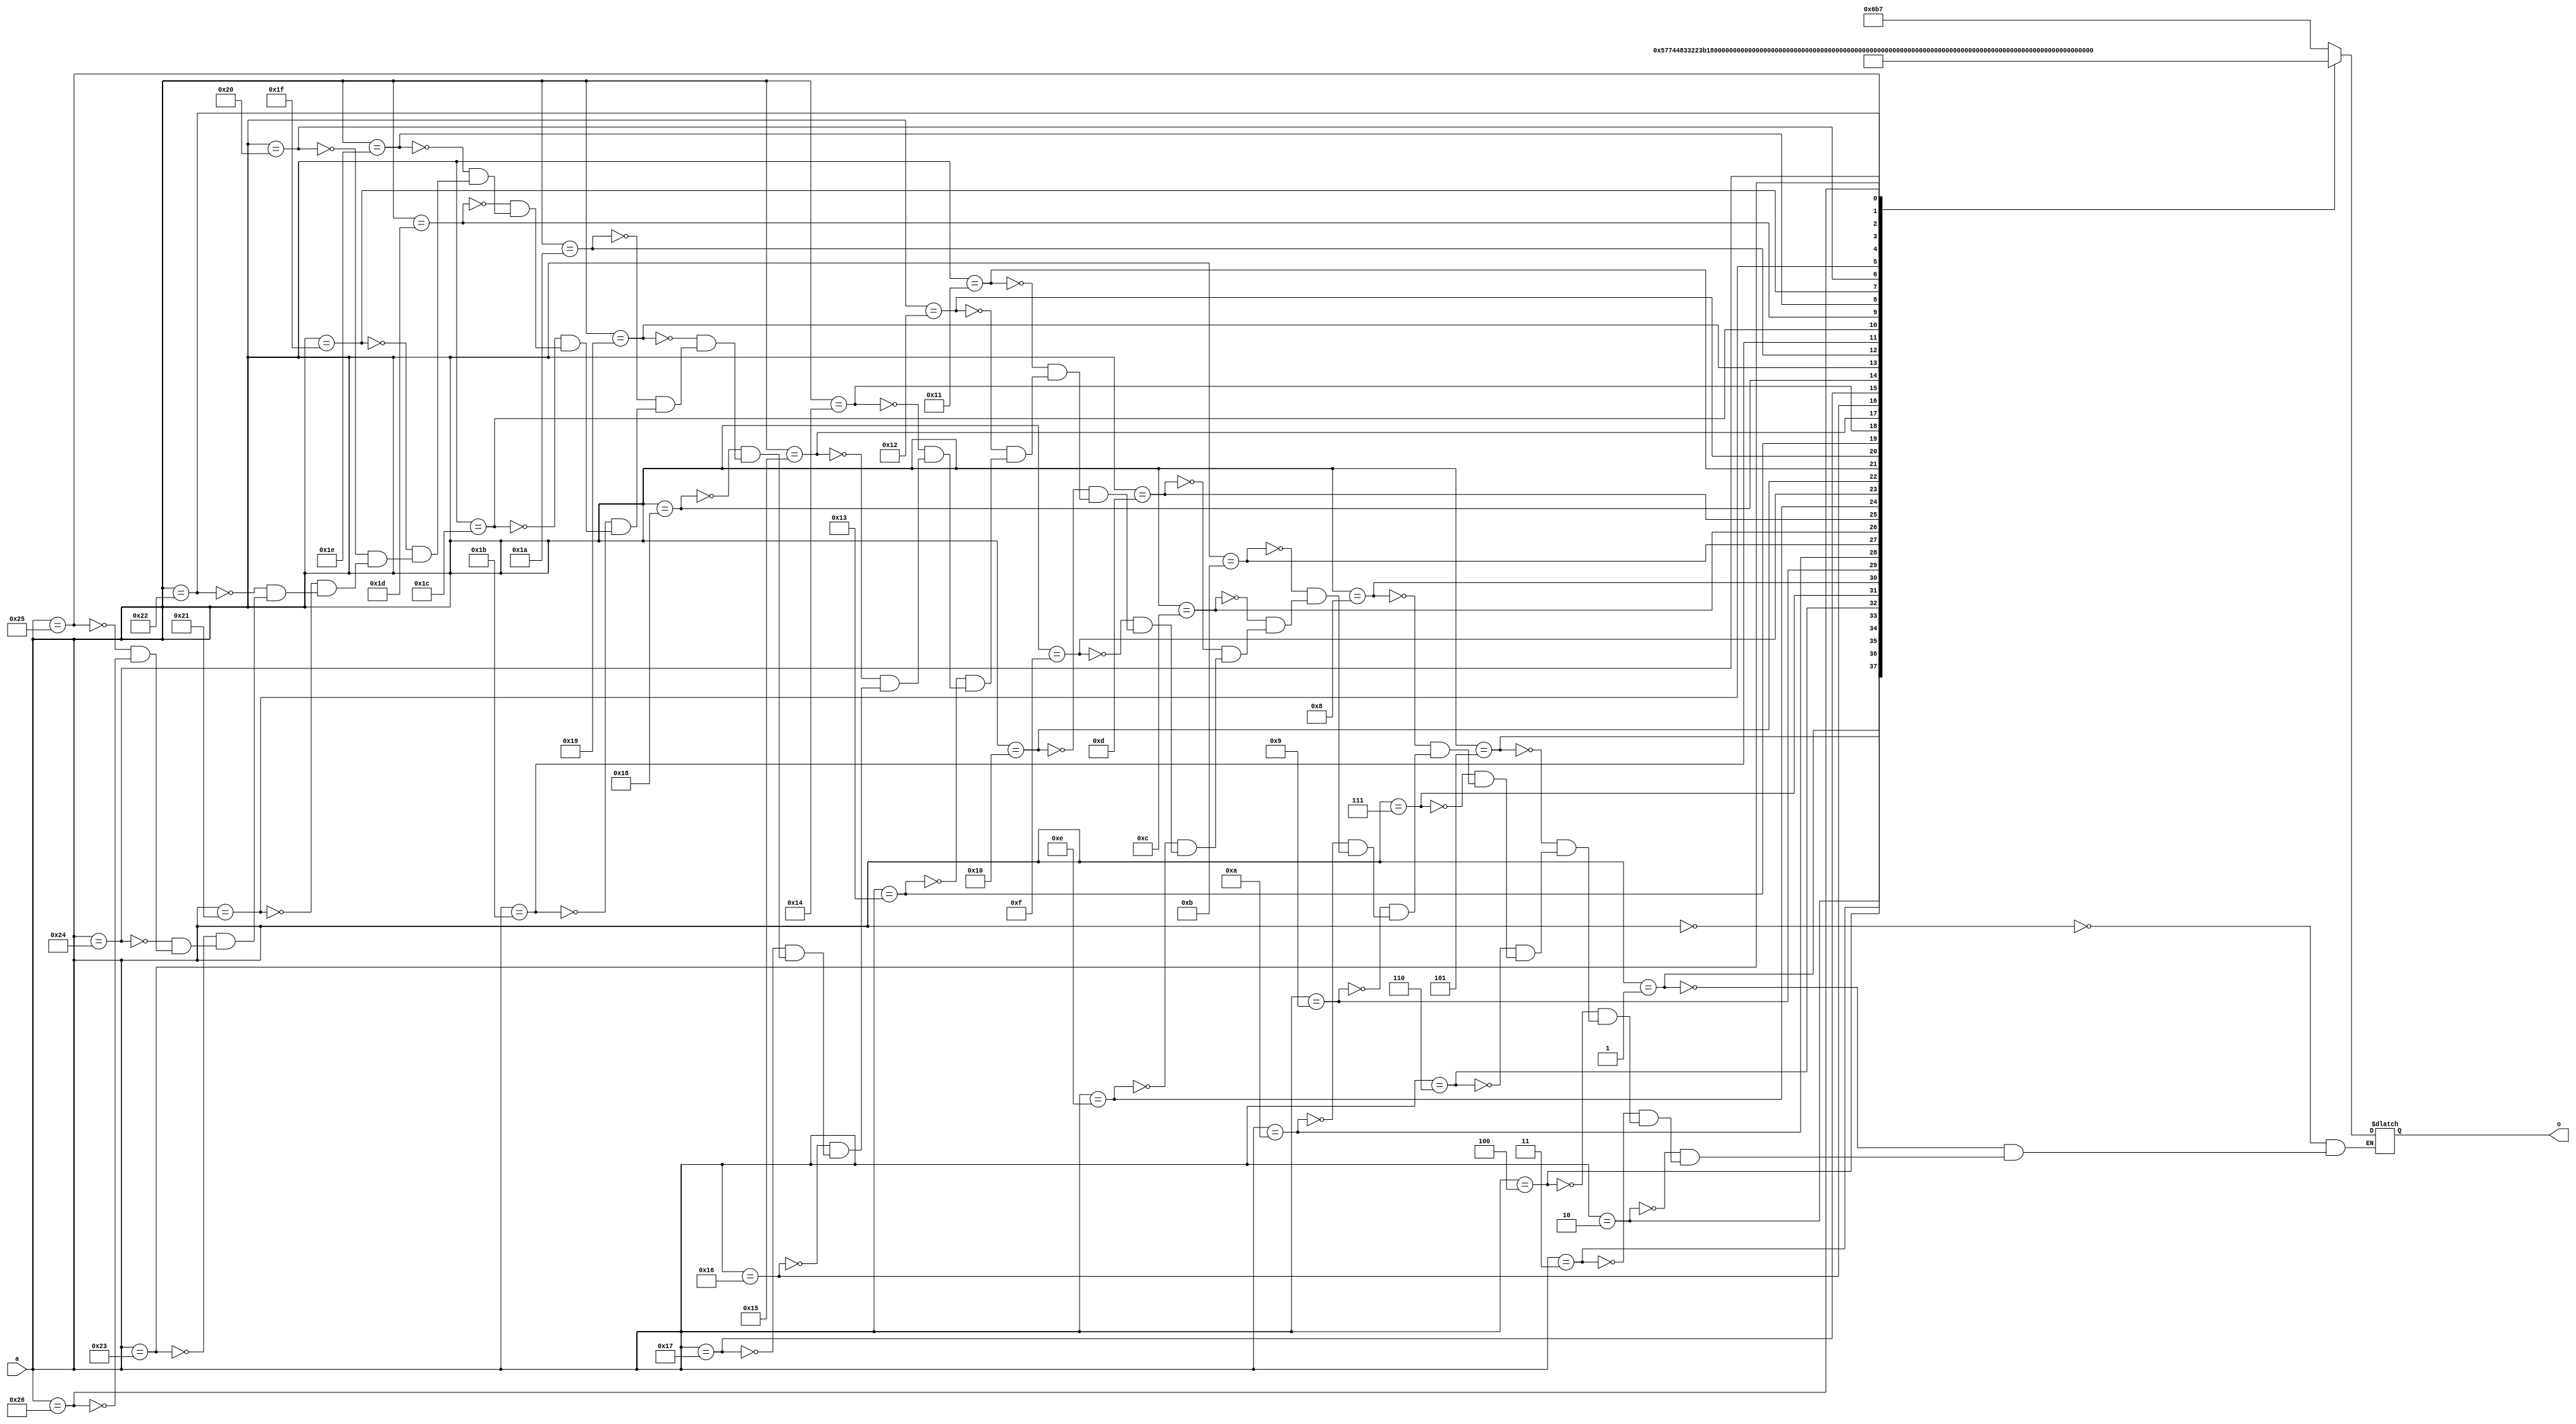
// Jagadeesh Vasudevamurthy data_acquis_controller_X99.v
// Please do not remove the header
// Char array passed is as follows
//--------------------------------------
//0:000000 011010110111
//1:000001 010101110111
//2:000010 010001001000
//3:000011 001100110010
//4:000100 001000111011
//5:000101 000101101011
//6:000110 000011000110
//7:000111 000001010001
//8:001000 000000001111
//9:001001 000000000010
//10:001010 000000101001
//11:001011 000010000101
//12:001100 000100010010
//13:001101 000111001110
//14:001110 001010110010
//15:001111 001110111001
//16:010000 010011011101
//17:010001 011000010110
//18:010010 011101011011
//19:010011 100010100101
//20:010100 100111101010
//21:010101 101100100011
//22:010110 110001000111
//23:010111 110101001110
//24:011000 111000110010
//25:011001 111011101110
//26:011010 111101111011
//27:011011 111111010111
//28:011100 111111111110
//29:011101 111111110001
//30:011110 111110101111
//31:011111 111100111010
//32:100000 111010010101
//33:100001 110111000101
//34:100010 110011001110
//35:100011 101110111000
//36:100100 101010001001
//37:100101 100101001001
//38:100110 100000000000
// default NOT given
// Parallel mux
//--------------------------------------
// PLA starts now
module data_acquis_controller_X99(a,o);
	input[5:0]  a;
	output reg[11:0]  o;
	always @(a)
	begin
		case(a)
			6'b000000: o = 12'b011010110111;
			6'b000001: o = 12'b010101110111;
			6'b000010: o = 12'b010001001000;
			6'b000011: o = 12'b001100110010;
			6'b000100: o = 12'b001000111011;
			6'b000101: o = 12'b000101101011;
			6'b000110: o = 12'b000011000110;
			6'b000111: o = 12'b000001010001;
			6'b001000: o = 12'b000000001111;
			6'b001001: o = 12'b000000000010;
			6'b001010: o = 12'b000000101001;
			6'b001011: o = 12'b000010000101;
			6'b001100: o = 12'b000100010010;
			6'b001101: o = 12'b000111001110;
			6'b001110: o = 12'b001010110010;
			6'b001111: o = 12'b001110111001;
			6'b010000: o = 12'b010011011101;
			6'b010001: o = 12'b011000010110;
			6'b010010: o = 12'b011101011011;
			6'b010011: o = 12'b100010100101;
			6'b010100: o = 12'b100111101010;
			6'b010101: o = 12'b101100100011;
			6'b010110: o = 12'b110001000111;
			6'b010111: o = 12'b110101001110;
			6'b011000: o = 12'b111000110010;
			6'b011001: o = 12'b111011101110;
			6'b011010: o = 12'b111101111011;
			6'b011011: o = 12'b111111010111;
			6'b011100: o = 12'b111111111110;
			6'b011101: o = 12'b111111110001;
			6'b011110: o = 12'b111110101111;
			6'b011111: o = 12'b111100111010;
			6'b100000: o = 12'b111010010101;
			6'b100001: o = 12'b110111000101;
			6'b100010: o = 12'b110011001110;
			6'b100011: o = 12'b101110111000;
			6'b100100: o = 12'b101010001001;
			6'b100101: o = 12'b100101001001;
			6'b100110: o = 12'b100000000000;
// defaults of ALL_0 and ALL_X are never routine to input pla. ALL_X,ALL_1 are expanded by me. Output never has default
//			 Parallel mux
		endcase
	end
endmodule